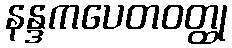
နန္ဒကပေတဝတ္ထု